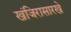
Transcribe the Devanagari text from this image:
खंजिरासारखे